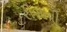
રીબાવી